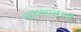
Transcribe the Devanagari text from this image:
पाठशालायें